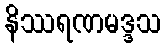
နိဿရဏမဒ္ဒသ